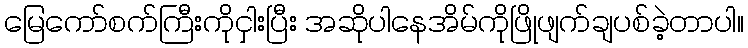
မြေကော်စက်ကြီးကိုငှါးပြီး အဆိုပါနေအိမ်ကိုဖြိုဖျက်ချပစ်ခဲ့တာပါ။